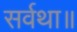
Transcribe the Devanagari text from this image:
सर्वथा॥